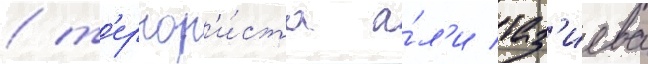
/ т'еррор'и́ста а́л'и таз'иева